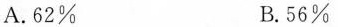
A. 62% B. 56%